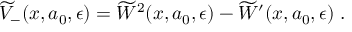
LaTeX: \widetilde { V } _ { - } ( x , a _ { 0 } , \epsilon ) = \widetilde { W } ^ { 2 } ( x , a _ { 0 } , \epsilon ) - \widetilde { W } ^ { \prime } ( x , a _ { 0 } , \epsilon ) ~ .